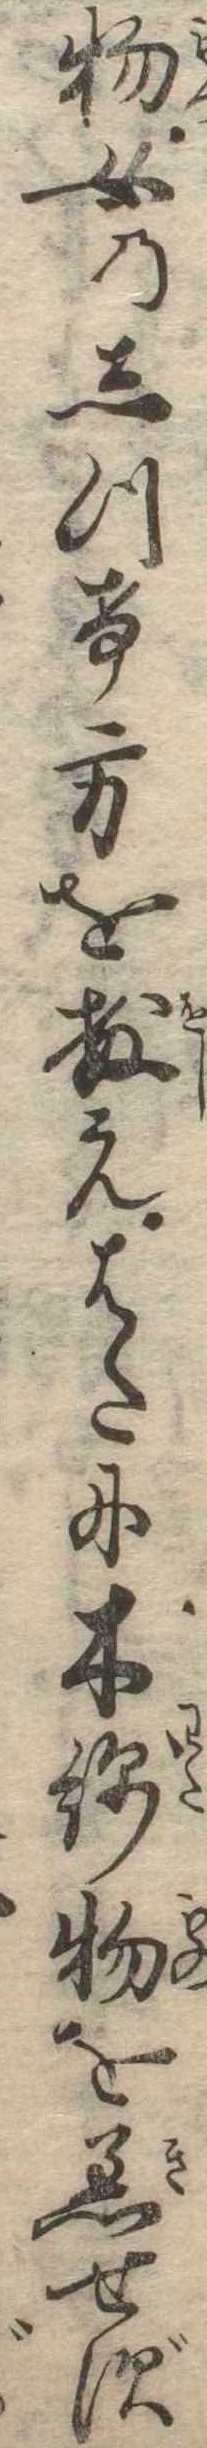
物女のしつけ方を教えはたに木綿物を着せず